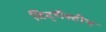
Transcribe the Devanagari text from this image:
विट्गेंस्टीन